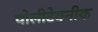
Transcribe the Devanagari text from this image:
पोलीटेक्‍नीक